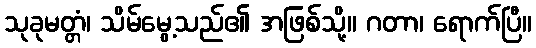
သုခုမတ္တံ၊ သိမ်မွေ့သည်၏ အဖြစ်သို့။ ဂတာ၊ ရောက်ပြီ။